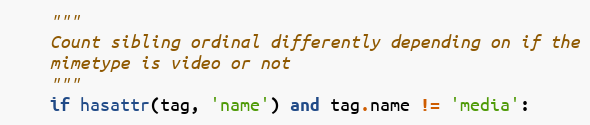
Language: Python
    """
    Count sibling ordinal differently depending on if the
    mimetype is video or not
    """
    if hasattr(tag, 'name') and tag.name != 'media':